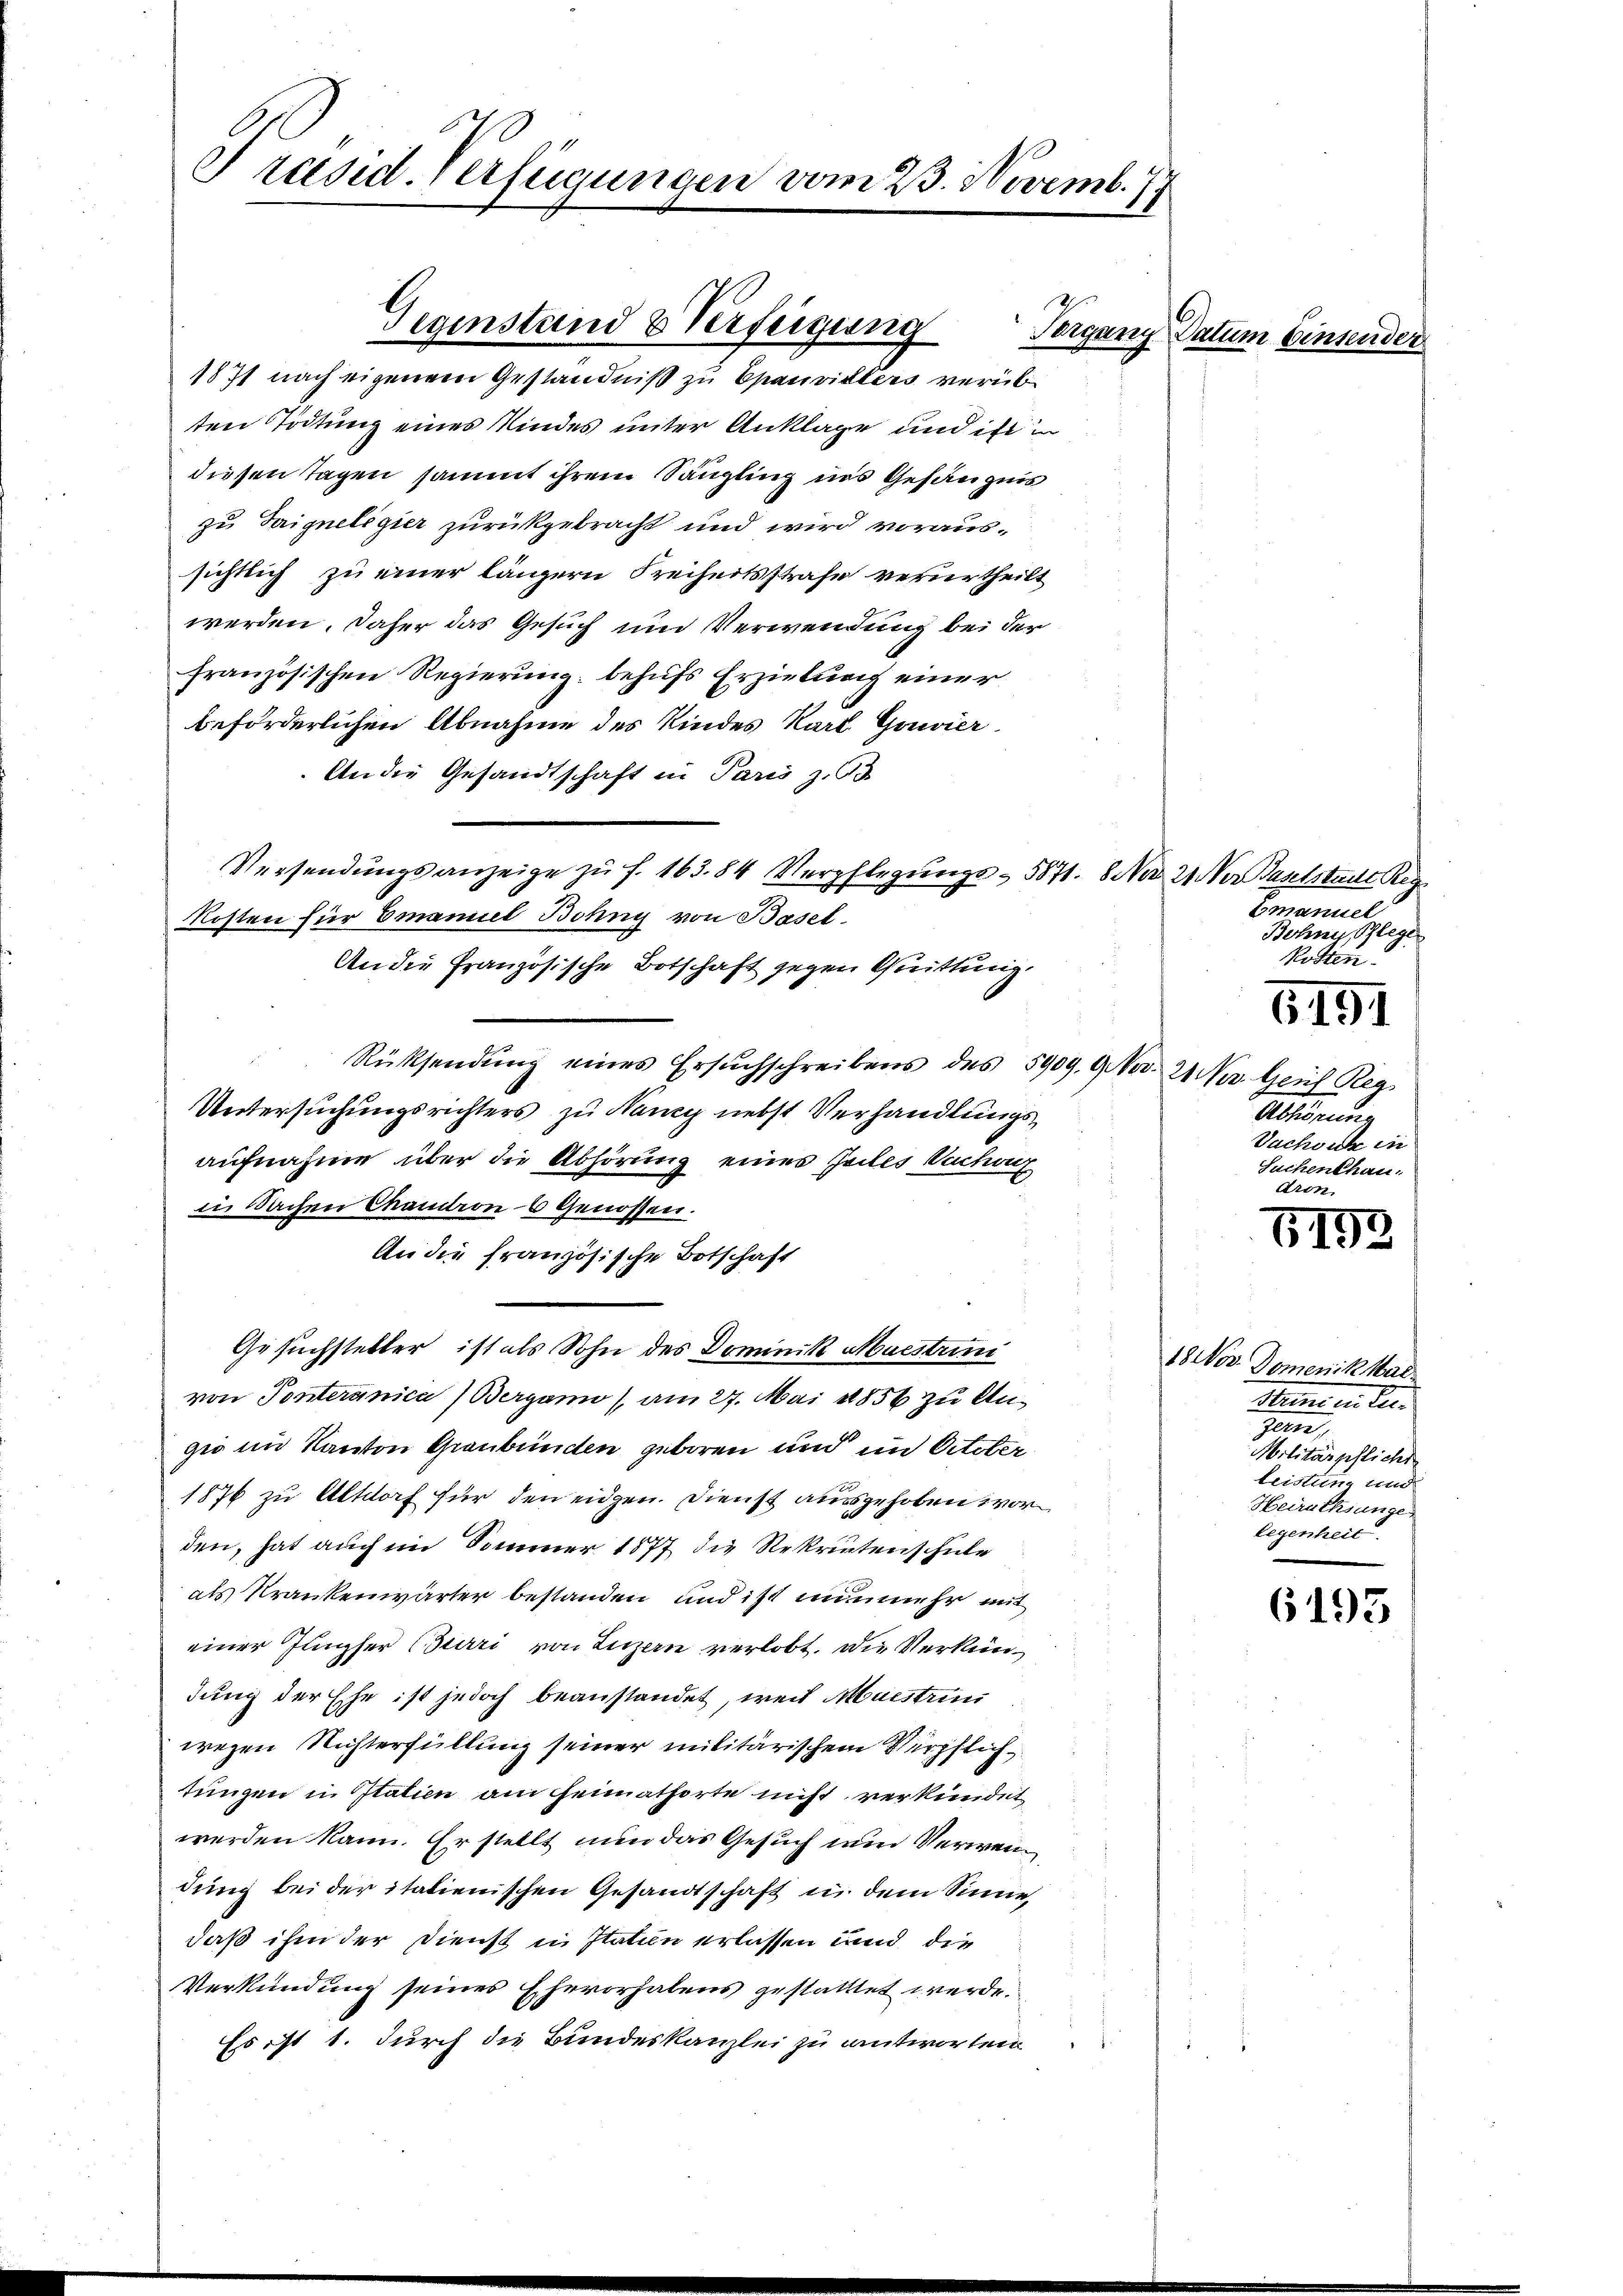
Präsid. Verfügungen vom 23. Novemb. 77

1877 nach eigenem Geständniß zu Epauvisters verüb
ten Tödtung eines Kindes unter Anklage und ist in
diesen Tagen sammt ihrem Sängling ins Gefängnis
zu Taigneligier zurückgebracht und wird voraussichtlich zu einer längern Freiheitsstrafe verurtheilt
werden. Daher das Gesuch und Verwendung bei der
französischen Regierung behufs Erzielung einer
beförderlichen Abnahme des Kindes Karl Gouvier
An die Gesandtschaft in Paris z. G
Versendungsanzeige zu f. 163. 84 Verpflegungs- 5871. 8. No 21. Der Baselstadt Reg
Kosten für Emanuel Bohny von Basel
An die Französische Botschaft gegen Quittung,
Rücksendŭng eines Ersuchschreibens des 5909. 9. No. 21 Nov. Genf Reg
Untersuchungsrichters zu Nancy nebst Verhandlungsaufnahme über die Abhörung eines Zeiles Suchanz
in Sachen Chandron 6 Genossen.
An die französische Botschaft
Gesuchsteller ist als Sohn des Dominik Muestrin
von Ponteranica) Bergann am 27. Mai 1856 zu Ange im Kanton Graubünden geboren und im Orteter
1876 zu Altdorf für den eidgen. Dienst ausgehoben worden, hat auch im Sommer 1877 die Rekrutenschule
als Krankenwärter bestanden und ist nunmehr mit
einer Jungfer Buri von Luzern verlobt. Die Verkündung der Ehe ist jedoch beanstandet, weil Muestrin
wegen Richterfüllung seiner militärischem Verpflichtungen in Italien am Heimathorte nicht verkündet
werden kann. Er stellt nun das Gesuch und Verwendung bei der italienischen Gesandtschaft in dem Sinne,
daß ihm der Dienst in Itation erlassen und die
Verkündung seines Ehevorhalens gestatttet werde.
Es ist 1. durch die Bundeskanzlei zu antworten

Gegenstand & Verfeigung

Vergang Datum Einsender

Emanuel
Bohne Pflegen
Rotten.

6191

Abtissung
Sachsuch in
Suchenthau

Aron
152

18 Nov. Domenik, Mad.
Meine in der
gen,
Militärpflicht
leistung und
Heirathsange
legenheit

6193